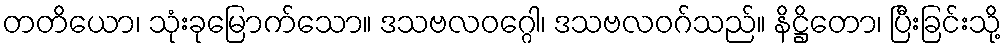
တတိယော၊ သုံးခုမြောက်သော။ ဒသဗလဝဂ္ဂေါ၊ ဒသဗလဝဂ်သည်။ နိဋ္ဌိတော၊ ပြီးခြင်းသို့